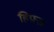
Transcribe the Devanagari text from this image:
हिफ़्ज़